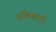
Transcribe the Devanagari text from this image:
प्रक्रियाएँ।